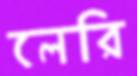
লেরি